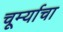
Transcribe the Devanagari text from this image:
चूर्म्याचा